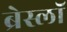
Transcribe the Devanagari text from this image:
ब्रेस्लॉ